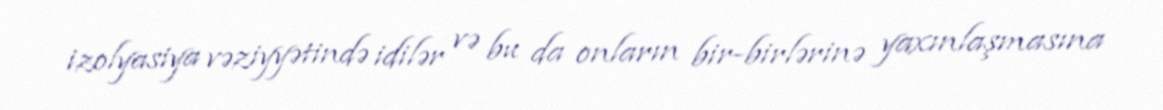
izolyasiya vəziyyətində idilər və bu da onların bir-birlərinə yaxınlaşmasına